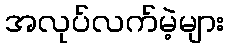
အလုပ်လက်မဲ့များ